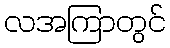
လအကြာတွင်